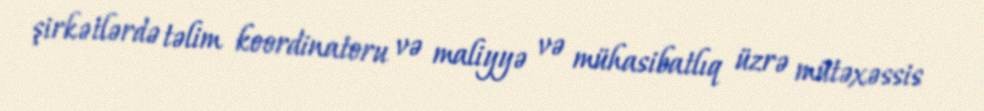
şirkətlərdə təlim koordinatoru və maliyyə və mühasibatlıq üzrə mütəxəssis